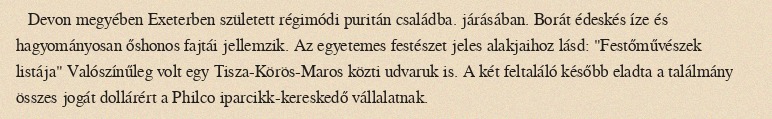
Devon megyében Exeterben született régimódi puritán családba. járásában. Borát édeskés íze és hagyományosan őshonos fajtái jellemzik. Az egyetemes festészet jeles alakjaihoz lásd: "Festőművészek listája" Valószínűleg volt egy Tisza-Körös-Maros közti udvaruk is. A két feltaláló később eladta a találmány összes jogát dollárért a Philco iparcikk-kereskedő vállalatnak.